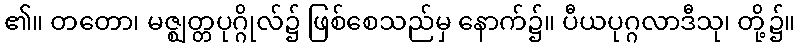
၏။ တတော၊ မဇ္ဈတ္တပုဂ္ဂိုလ်၌ ဖြစ်စေသည်မှ နောက်၌။ ပီယပုဂ္ဂလာဒီသု၊ တို့၌။